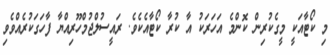
މި ކޯޓާއަކީ މީގެކުރިން ކޮންމެ އަހަރަކު އާ ކުރާ ކޯޓާއެކެވެ. ރައީސުލްޖުމްހޫރިއްޔާ ފާހަގަކުރެއްވެވި